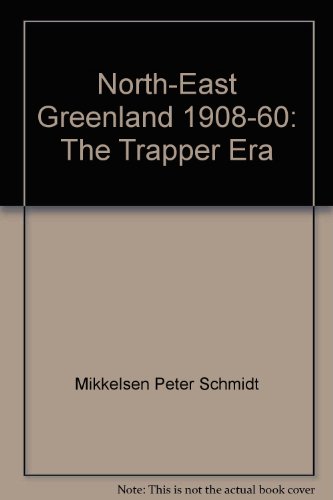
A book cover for North-East Greenland 1908-60: The Trapper Era; Mikkelsen Peter Schmidt; Travel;